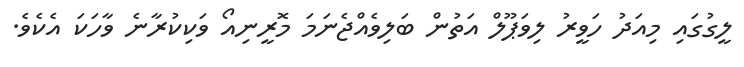
ލީގުގައި މިއަދު ހަވީރު ލިވަޕޫލް އަތުން ބަލިވެއްޖެނަމަ މޮރީނިއޯ ވަކިކުރާނެ ވާހަކަ އެކެވެ.